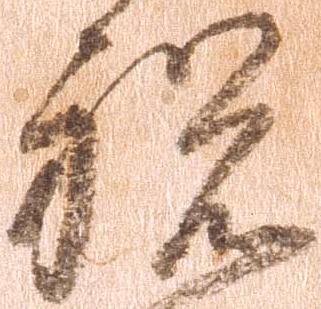
祝